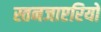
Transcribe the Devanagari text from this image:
स्तनजाएरियों